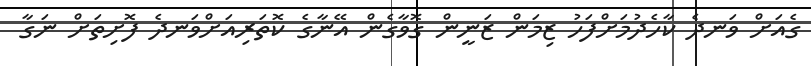
ގެއަށް ވަނދެ ކާހެދުމަށްފަހު ޒިމަން ޒަނީން ގޮވާގެން އޭނާގެ ކޮތަރިއަށްވަނދެ ފޮށިތަށް ނަގާ